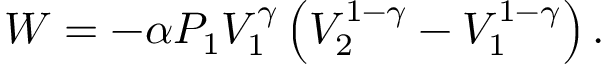
W = - \alpha P _ { 1 } V _ { 1 } ^ { \gamma } \left( V _ { 2 } ^ { 1 - \gamma } - V _ { 1 } ^ { 1 - \gamma } \right) .